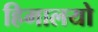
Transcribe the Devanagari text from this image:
हिमालयो